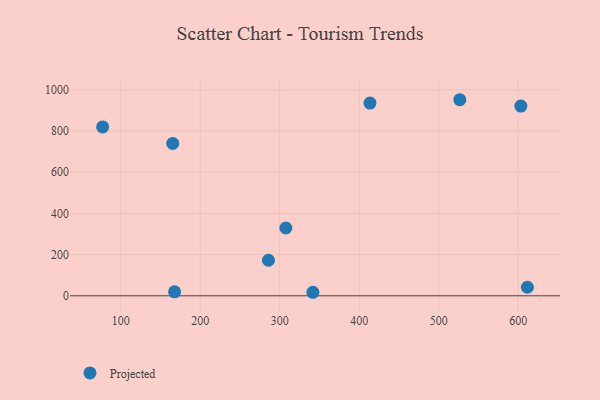
{"axis": {"x": "Investment", "y": "Demand"}, "legend": ["Projected"], "data": [{"x": "285.9", "y": 172.6, "type": "Projected"}, {"x": "307.8", "y": 329.2, "type": "Projected"}, {"x": "167.8", "y": 19.4, "type": "Projected"}, {"x": "526.6", "y": 952.2, "type": "Projected"}, {"x": "611.6", "y": 41.6, "type": "Projected"}, {"x": "165.5", "y": 740.0, "type": "Projected"}, {"x": "341.8", "y": 17.1, "type": "Projected"}, {"x": "77.3", "y": 820.0, "type": "Projected"}, {"x": "603.4", "y": 921.6, "type": "Projected"}, {"x": "413.6", "y": 935.7, "type": "Projected"}]}